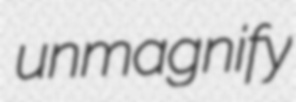
unmagnify